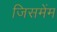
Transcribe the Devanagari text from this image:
जिसमेंम